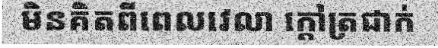
មិនគិតពីពេលវេលា ក្តៅត្រជាក់